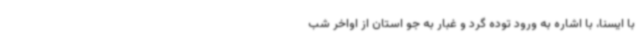
با ایسنا، با اشاره به ورود توده گرد و غبار به جو استان از اواخر شب